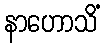
နာဟောသိံ